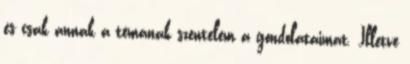
és csak annak a témának szentelem a gondolataimat. Illetve